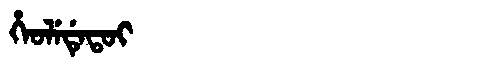
Manchu: ᡥᡝᠣᠯᡝᡩᡝᡨᠣᡳ
Romanization: HEOLEDETOI